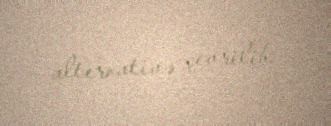
alternativə çevrilib.